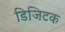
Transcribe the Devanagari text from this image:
डिजिटक